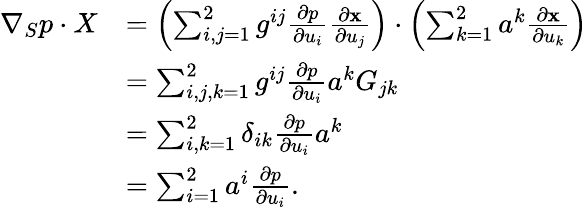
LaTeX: \begin{array}{rl}{\nabla_{S}p\cdot X}&{=\left(\sum_{i,j=1}^{2}g^{ij}\frac{\partial p}{\partial u_{i}}\frac{\partial\textbf{x}}{\partial u_{j}}\right)\cdot\left(\sum_{k=1}^{2}a^{k}\frac{\partial\textbf{x}}{\partial u_{k}}\right)}\\ &{=\sum_{i,j,k=1}^{2}g^{ij}\frac{\partial p}{\partial u_{i}}a^{k}G_{jk}}\\ &{=\sum_{i,k=1}^{2}\delta_{ik}\frac{\partial p}{\partial u_{i}}a^{k}}\\ &{=\sum_{i=1}^{2}a^{i}\frac{\partial p}{\partial u_{i}}.}\end{array}